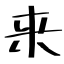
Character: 来